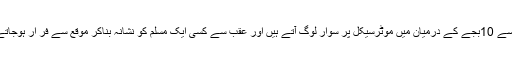
شام8سے 10بجے کے درمیان میں موٹرسیکل پر سوار لوگ آتے ہیں اور عقب سے کسی ایک مسلم کو نشانہ بناکر موقع سے فر ار ہوجاتے ہیں۔